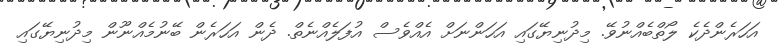
އަހަރެންދެކެ ލޯތްބެއްނުވޭ. މިދުނިޔޭގައި އަހަންނަށް އެއްވެސް އުފަލެއްނެތް. ދެން އަހަރެން ބޭނުމެއްނޫން މިދުނިޔޭގައި